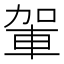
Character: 𮝋